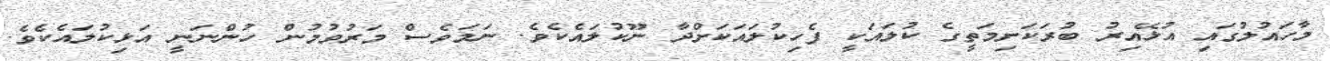
މާހައުލުގައި އުޅޭއިރު ބުރަކަށިމަތީގެ ކުލައަކީ ފެހިކުލައަކަށްދާ ނޫކުލައެކެވެ. ނަމަވެސް މަރުވުމުން ހުންނަނީ އަޅިކުލައެކެވެ.